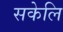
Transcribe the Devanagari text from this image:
सकेलि